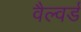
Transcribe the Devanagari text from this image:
वैल्वर्ड